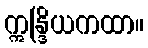
ဣန္ဒြိယကထာ။